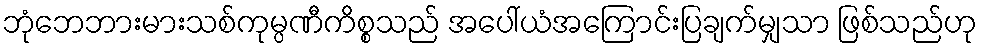
ဘုံဘေဘားမားသစ်ကုမ္ပဏီကိစ္စသည် အပေါ်ယံအကြောင်းပြချက်မျှသာ ဖြစ်သည်ဟု